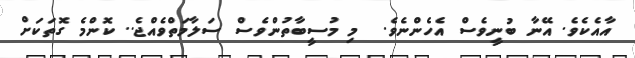
އާއެކެވެ. އޭނާ ބުނީވެސް އެހެންނެވެ.  މި މުސީބާތުންވެސް ސަލާމަތްވެއްޖެ.. ކޮންމެ ގޮތަކަށް